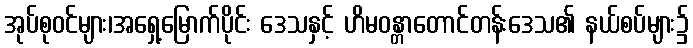
အုပ်စုဝင်များ၊အရှေ့မြောက်ပိုင်း ဒေသနှင့် ဟိမဝန္တာတောင်တန်းဒေသ၏ နယ်စပ်များ၌